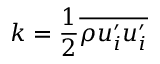
k = \frac { 1 } { 2 } \overline { { \rho u _ { i } ^ { \prime } u _ { i } ^ { \prime } } }